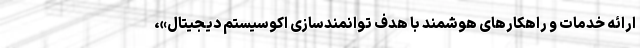
ارائه خدمات و راهکارهای هوشمند با هدف توانمندسازی اکوسیستم دیجیتال»،